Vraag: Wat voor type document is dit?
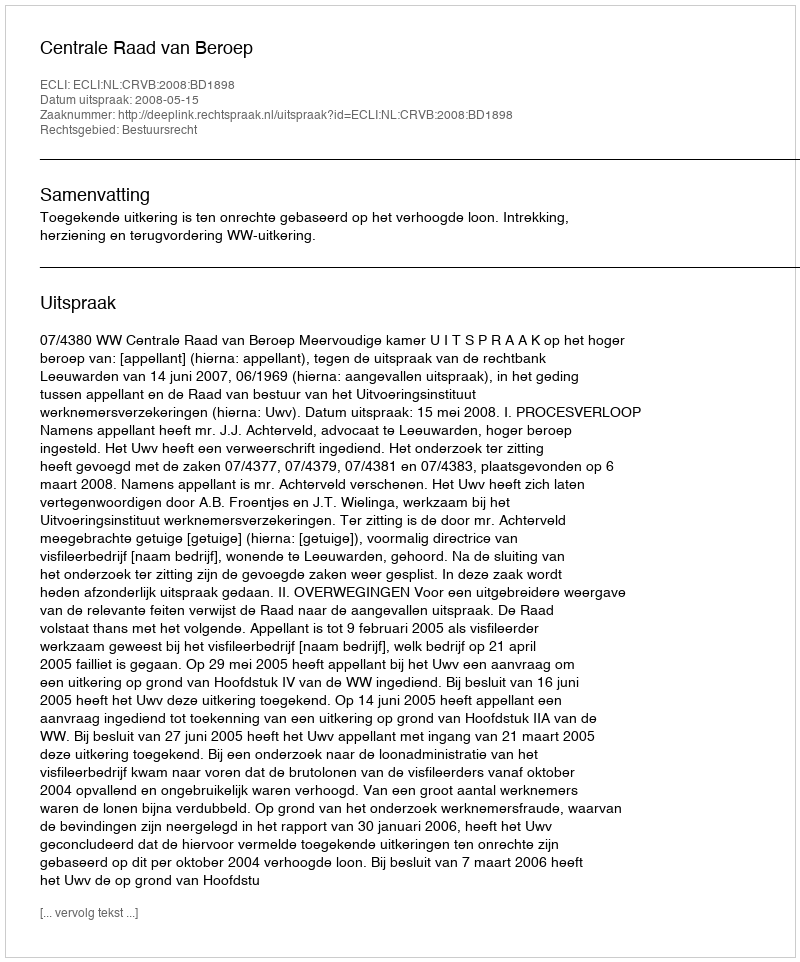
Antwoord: Uitspraak